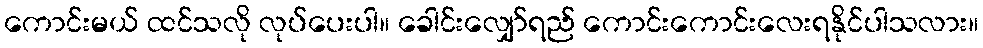
ကောင်းမယ် ထင်သလို လုပ်ပေးပါ။ ခေါင်းလျှော်ရည် ကောင်းကောင်းလေးရနိုင်ပါသလား။